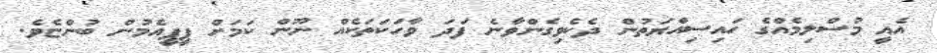
އެއީ މުސްލިމެއްގެ ހައިސިއްޔަތުން ދެކެވިގެންވާނެ ފަދަ ވާހަކަތަކެއް ނޫން ކަމަށް ޕީޕީއެމުން ބުންޏެވެ.